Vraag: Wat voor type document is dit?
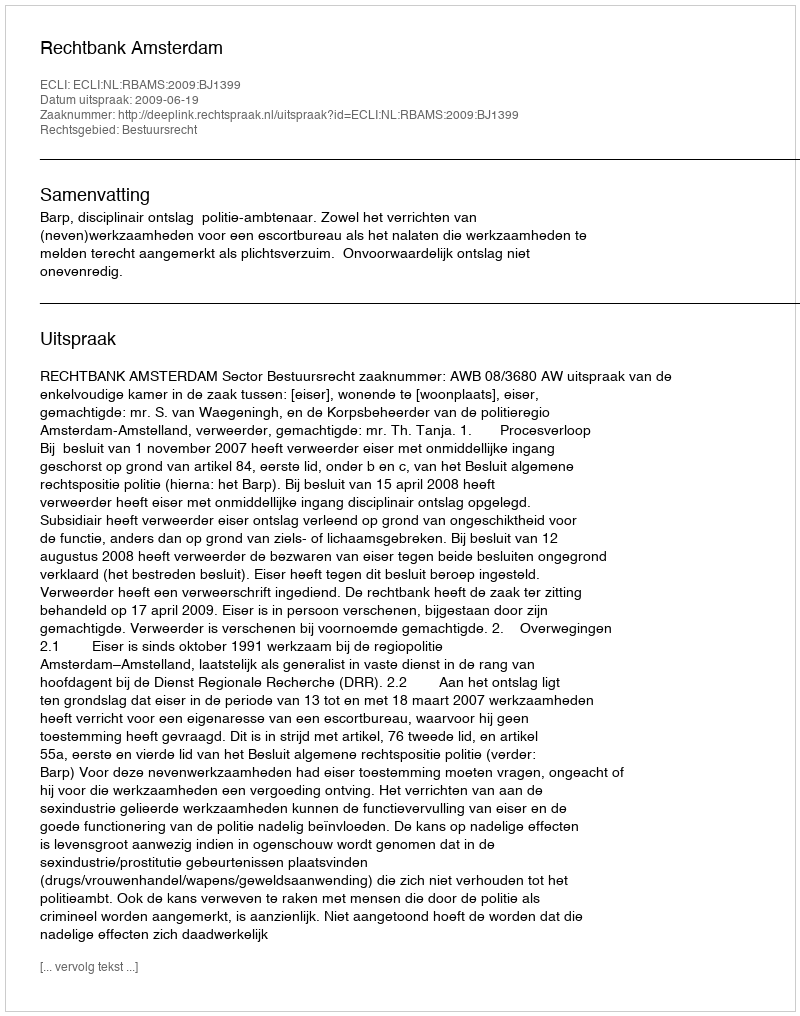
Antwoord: Uitspraak